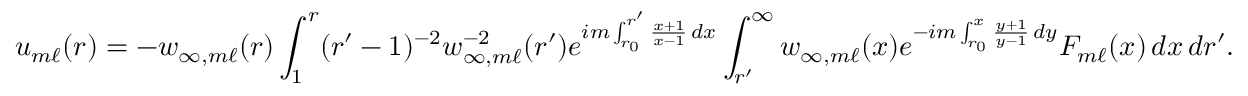
u _ { m \ell } ( r ) = - w _ { \infty , m \ell } ( r ) \int _ { 1 } ^ { r } ( r ^ { \prime } - 1 ) ^ { - 2 } w _ { \infty , m \ell } ^ { - 2 } ( r ^ { \prime } ) e ^ { i m \int _ { r _ { 0 } } ^ { r ^ { \prime } } \frac { x + 1 } { x - 1 } \, d x } \int _ { r ^ { \prime } } ^ { \infty } w _ { \infty , m \ell } ( x ) e ^ { - i m \int _ { r _ { 0 } } ^ { x } \frac { y + 1 } { y - 1 } \, d y } F _ { m \ell } ( x ) \, d x \, d r ^ { \prime } .